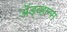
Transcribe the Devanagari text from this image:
ॲड्व्हान्स